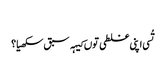
‏
تُسی اپنی غلطی توں کیہہ سبق سکھیا؟